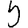
Digit: 5